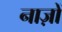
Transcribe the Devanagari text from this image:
नाज़ों